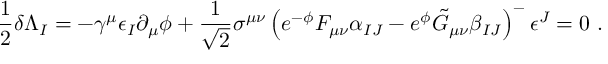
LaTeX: \frac { 1 } { 2 } \delta \Lambda _ { I } = - \gamma ^ { \mu } \epsilon _ { I } \partial _ { \mu } \phi + \frac { 1 } { \sqrt 2 } \sigma ^ { \mu \nu } \left( e ^ { - \phi } F _ { \mu \nu } \alpha _ { I J } - e ^ { \phi } \tilde { G } _ { \mu \nu } \beta _ { I J } \right) ^ { - } \epsilon ^ { J } = 0 \ .